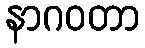
နာဂဝတာ